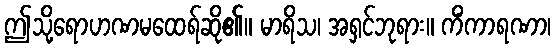
ဤသို့ရောဟဏမထေရ်ဆို၏။ မာရိသ၊ အရှင်ဘုရား။ ကိံကာရဏာ၊